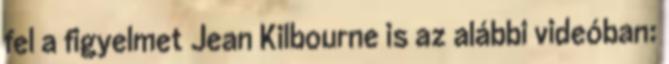
fel a figyelmet Jean Kilbourne is az alábbi videóban: